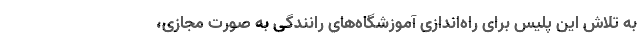
به تلاش این پلیس برای راه‌اندازی آموزشگاه‌های رانندگی به صورت مجازی،